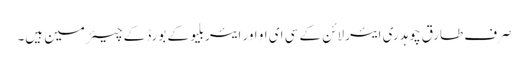
صرف طارق چوہدری ایئرلائن کے سی ای او اور ایئربلیو کے بورڈ کے چیئرمین ہیں۔